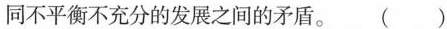
同不平衡不充分的发展之间的矛盾。()